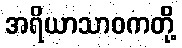
အရိယာသာဝကတို့